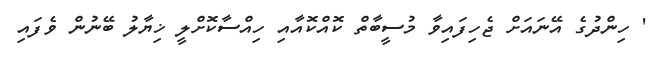
' ހިންދުގެ އޭނައަށް ޖެހިފައިވާ މުސީބާތް ކޮއްކޮއާއި ހިއްސާކޮށްލީ ޚިޔާލު ބޭނުން ވެފައި